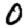
Digit: 0